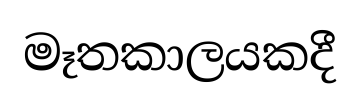
මෑතකාලයකදී